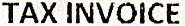
TAX INVOICE